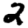
Digit: 2